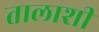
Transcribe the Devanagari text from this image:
तालाशी